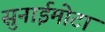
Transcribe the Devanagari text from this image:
सुनाईमोटा